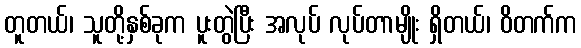
တူတယ်၊ သူတို့နှစ်ခုက ပူးတွဲပြီး အလုပ် လုပ်တာမျိုး ရှိတယ်၊ ဝိတက်က